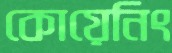
কোয়েনিং